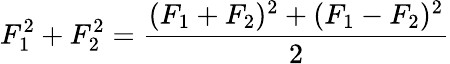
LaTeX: F_{1}^{2}+F_{2}^{2}=\frac{(F_{1}+F_{2})^{2}+(F_{1}-F_{2})^{2}}{2}